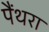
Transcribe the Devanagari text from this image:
पैंथरा